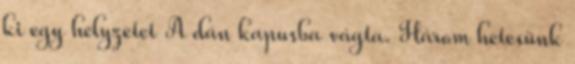
ki egy helyzetet A dán kapusba vágta. Három hetesünk